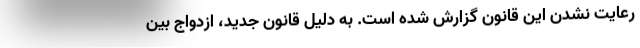
رعایت نشدن این قانون گزارش شده است. به دلیل قانون جدید، ازدواج بین